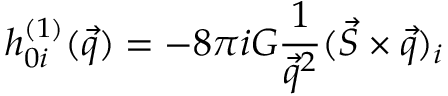
h _ { 0 i } ^ { ( 1 ) } ( \vec { q } ) = - 8 \pi i G { \frac { 1 } { \vec { q } ^ { 2 } } } ( \vec { S } \times \vec { q } ) _ { i }